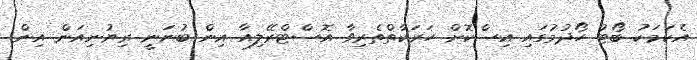
އެކަމަކު ބޯޓު ހޯދުމުގައި އިސްކޮށް ހަރަކާތްތެރިވާ އޮސްޓްރޭލިއާ އިން ބުނަނީ ރިޔުނިއަން އިން